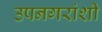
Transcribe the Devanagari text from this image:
उपनगरांशी